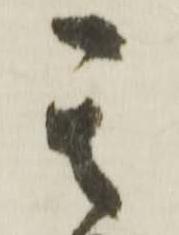
其